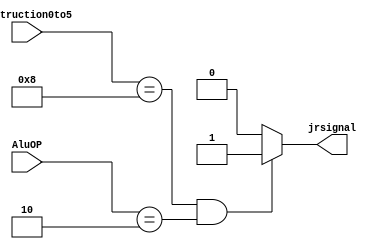
module jrcheck(Instruction0to5,AluOP,jrsignal);
input [5:0] Instruction0to5;
input [1:0] AluOP;
output jrsignal;
assign jrsignal = (Instruction0to5==6'b001000 && AluOP ==2'b10)? 1'b1 : 1'b0 ;
endmodule